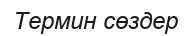
Термин сөздер